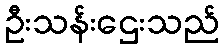
ဦးသန်းဌေးသည်